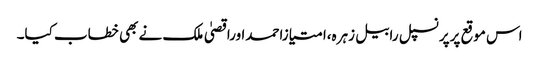
اس موقع پرپرنسپل رابیل زہرہ،امتیازاحمداوراقصیٰ ملک نے بھی خطاب کیا۔